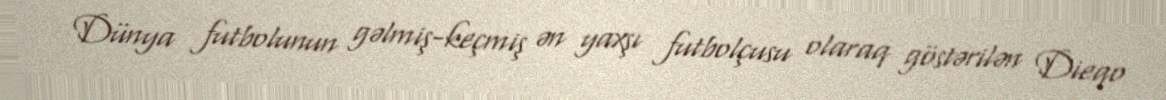
Dünya futbolunun gəlmiş-keçmiş ən yaxşı futbolçusu olaraq göstərilən Dieqo